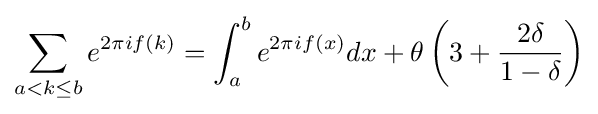
\sum _{a<k\leq b}e^{2\pi if(k)}=\int _{a}^{b}e^{2\pi if(x)}dx+\theta \left(3+{\frac {2\delta }{1-\delta }}\right)